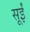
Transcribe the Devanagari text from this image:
सूईं